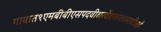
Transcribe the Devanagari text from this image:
गावात१एमबीबीएसपदवीधरवैद्यकव्यवसायीआहे